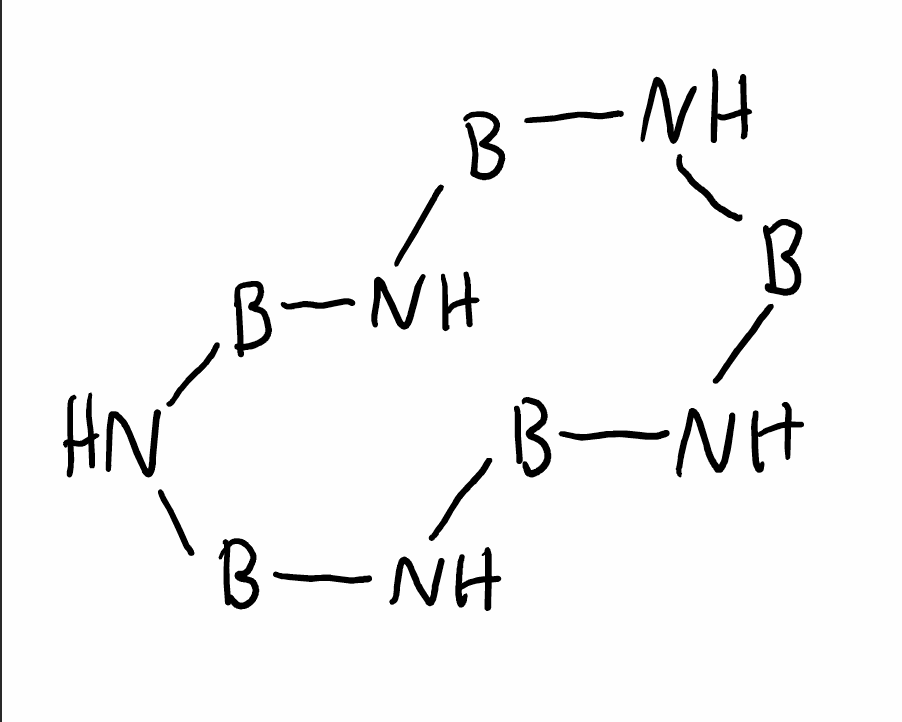
Simplified molecular-input line-entry system (SMILES) notation of the given molecule:
[B]1N[B]N[B]N[B]N[B]N1